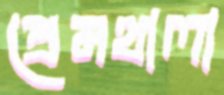
প্রেমথালা